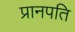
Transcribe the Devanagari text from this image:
प्रानपति